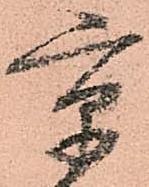
京